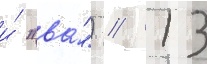
и́ "ва́") // 13